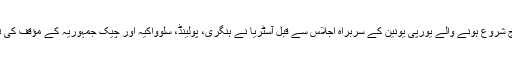
برسلز میں آج شروع ہونے والے یورپی یونین کے سربراہ اجلاس سے قبل آسٹریا نے ہنگری، پولینڈ، سلوواکیہ اور چیک جمہوریہ کے مؤقف کی تائید کی ہے۔